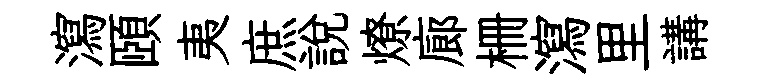
瀉頤夷庶說燎廊栅瀉里講